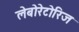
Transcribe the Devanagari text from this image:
लेबोरेटोरिज